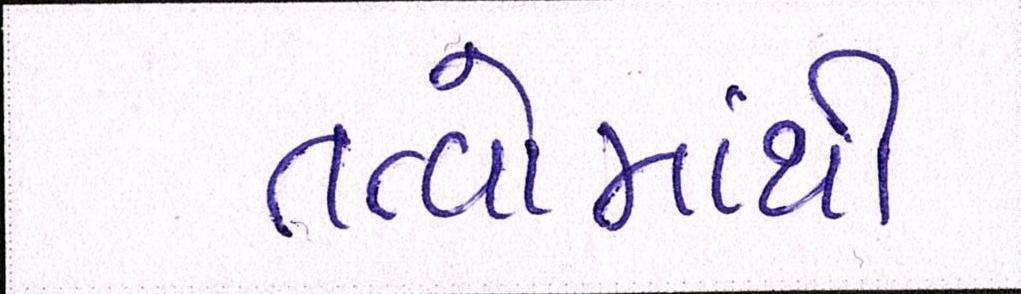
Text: તત્વોમાંથી